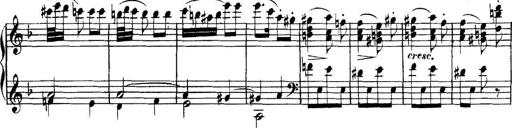
Title: Collected Piano Sonatas
Composer: Muzio Clementi